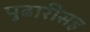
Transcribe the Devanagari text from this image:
पुढारीसह